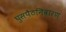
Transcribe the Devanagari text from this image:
घुसपैठनिवारण